Civil Veterinary Dept. North-West Frontier Province 1901-22 - 1901-1922
Year: 1901
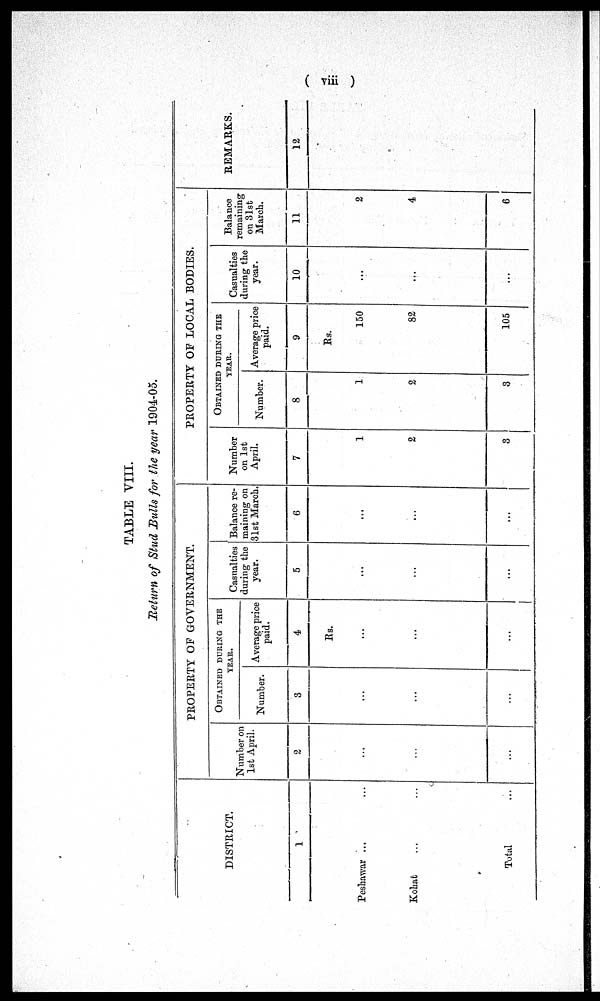
(viii)
TABLE VIII.
Return of Stud Bulls for the year 1904-05.
DISTRICT.
1
Peshawar ...
Kohat ... ...
Total ...
PROPERTY OF GOVERNMENT.
Number on
1st April.
2
...
...
...
OBTAINED DURING THE
YEAR.
Number.
3
...
...
...
Average price
paid.
4
Rs.
...
...
...
Casualties
during the
year.
5
...
...
...
Balance re-
maining on
31st March.
6
...
...
...
PROPERTY OF LOCAL BODIES
Number
on 1st
April.
7
1
2
3
OBTAINED DURING THE
YEAR.
Number.
8
1
2
3
Average price
paid.
9
Rs.
150
82
105
Casualties
during the
year.
10
...
...
...
Balance
remaining
on 31st
March.
11
2
4
6
REMARKS.
12